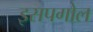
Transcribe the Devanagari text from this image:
इसपगोल